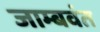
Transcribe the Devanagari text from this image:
जाम्बवंत